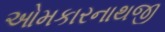
ઓમકારનાથજી